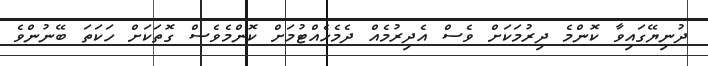
ދުނިޔޭގައިވާ ކޮންމެ ދިރުމަކަށް ވެސް އެދިރުމެއް ދެމެހެއްޓުމަށް ކޮންމެވެސް ގޮތަކަށް ހަކަތަ ބޭނުންވެ